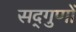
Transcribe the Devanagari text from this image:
सद्‌गुणों